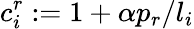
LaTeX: c_{i}^{r}:=1+\alpha p_{r}/l_{i}